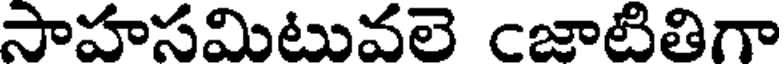
సాహసమిటువలె cజాటితిగా